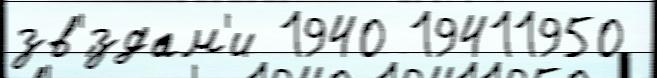
зв'́здам'и 1940 19411950